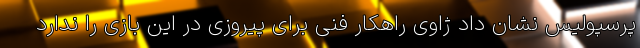
پرسپولیس نشان داد ژاوی راهکار فنی برای پیروزی در این بازی را ندارد